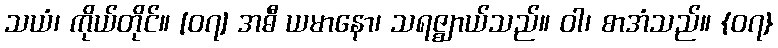
သယံ၊ ကိုယ်တိုင်။ [၀၇] အဓီ ယမာနော၊ သရဇ္ဈာယ်သည်။ ဝါ၊ စာအံသည်။ {၀၇}